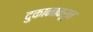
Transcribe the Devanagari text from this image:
दुकानावरून